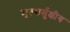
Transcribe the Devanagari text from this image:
मृत्यार्मुक्षीय